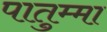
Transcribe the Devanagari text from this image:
पातुम्मा